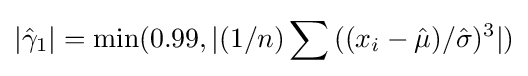
|{\hat {\gamma }}_{1}|=\min(0.99,|(1/n)\sum {((x_{i}-{\hat {\mu }})/{\hat {\sigma }})^{3}}|)